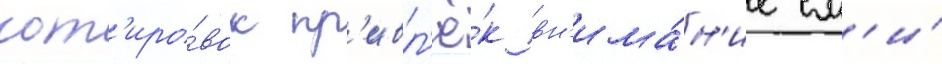
кот'иро́вок пр'ивл'ё́к вн'има́н'ие см'и́